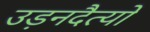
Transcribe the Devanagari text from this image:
उड़नदैत्यों